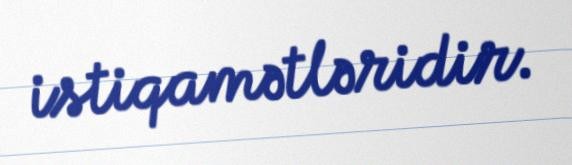
istiqamətləridir.